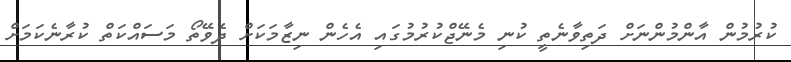
ކުރުމުން އާންމުންނަށް ދަތިވާނެތީ ކުނި މެނޭޖްކުރުމުގައި އެހެން ނިޒާމަކަށް ދެވޭތޯ މަސައްކަތް ކުރާނެކަމަށް